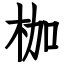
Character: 枷